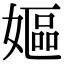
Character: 嫗